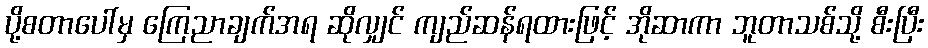
ပို့စတာပေါ်မှ ကြေညာချက်အရ ဆိုလျှင် ကျည်ဆန်ရထားဖြင့် အိုဆာကာ ဘူတာသစ်သို့ စီးပြီး